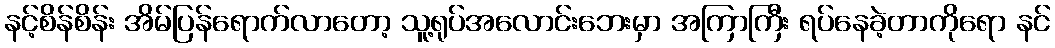
နင့်စိန်စိန်း အိမ်ပြန်ရောက်လာတော့ သူ့ရုပ်အလောင်းဘေးမှာ အကြာကြီး ရပ်နေခဲ့တာကိုရော နင်